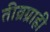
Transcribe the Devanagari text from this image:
तीव्रग्राही